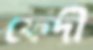
ফেদী